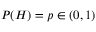
P ( H ) = p \in ( 0 , 1 )